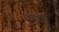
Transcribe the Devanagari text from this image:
७मध्ये